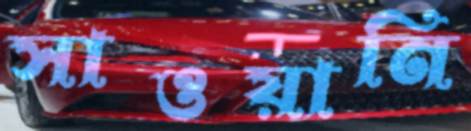
সাওয়ানি